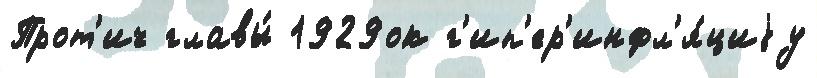
Прот'ич главы́ 1929ок г'ип'ер'инфл'я́циjу